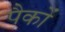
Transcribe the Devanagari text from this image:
पैकों